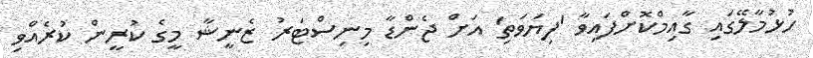
ހުޅުމާލޭގައި ގާއިމްކޮށްފައިވާ 'ފިޔަވަތި' އަށް ޖެންޑާ މިނިސްޓަރު ޒެނީޝާ މީގެ ކުރީން ކުރެއްވި